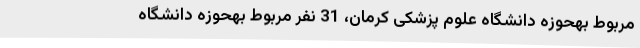
مربوط بهحوزه دانشگاه علوم پزشکی کرمان، 31 نفر مربوط بهحوزه دانشگاه